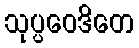
သုပ္ပဝေဒိတေ